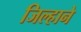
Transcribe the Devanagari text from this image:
जिल्हाने